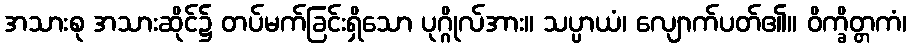
အသားစု အသားဆိုင်၌ တပ်မက်ခြင်းရှိသော ပုဂ္ဂိုလ်အား။ သပ္ပာယံ၊ လျောက်ပတ်၏။ ဝိက္ခိတ္တကံ၊